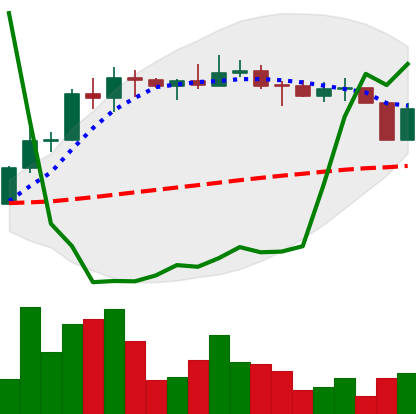
Ticker: ETC-USD
Chart end date: 2022-04-07
Forward return: -12.333%
Label: down_7plus